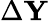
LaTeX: \Delta\textbf{Y}